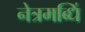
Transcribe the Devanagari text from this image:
नेत्रमब्धिं